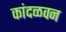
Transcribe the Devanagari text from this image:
कांदळवन